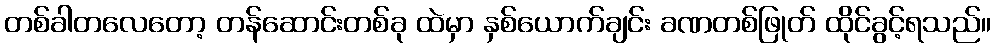
တစ်ခါတလေတော့ တန်ဆောင်းတစ်ခု ထဲမှာ နှစ်ယောက်ချင်း ခဏတစ်ဖြုတ် ထိုင်ခွင့်ရသည်။